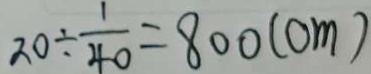
2 0 \div \frac { 1 } { 4 0 } = 8 0 0 ( c m )